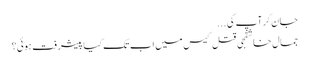
جان کرآپ کی ...
جمال خاشقجی قتل کیس میں اب تک کیا پیشرفت ہوئی؟